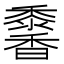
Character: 𩡠